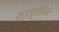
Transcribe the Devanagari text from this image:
राजपूतोचित